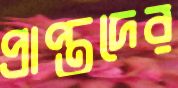
প্রাপ্তদের